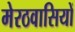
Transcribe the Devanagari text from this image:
मेरठवासियों